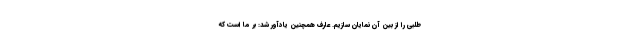
طلبی را از بین آن نمایان سازیم. عارف همچنین یادآور شد: بر ما است که